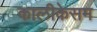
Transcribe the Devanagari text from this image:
कालीकेसम